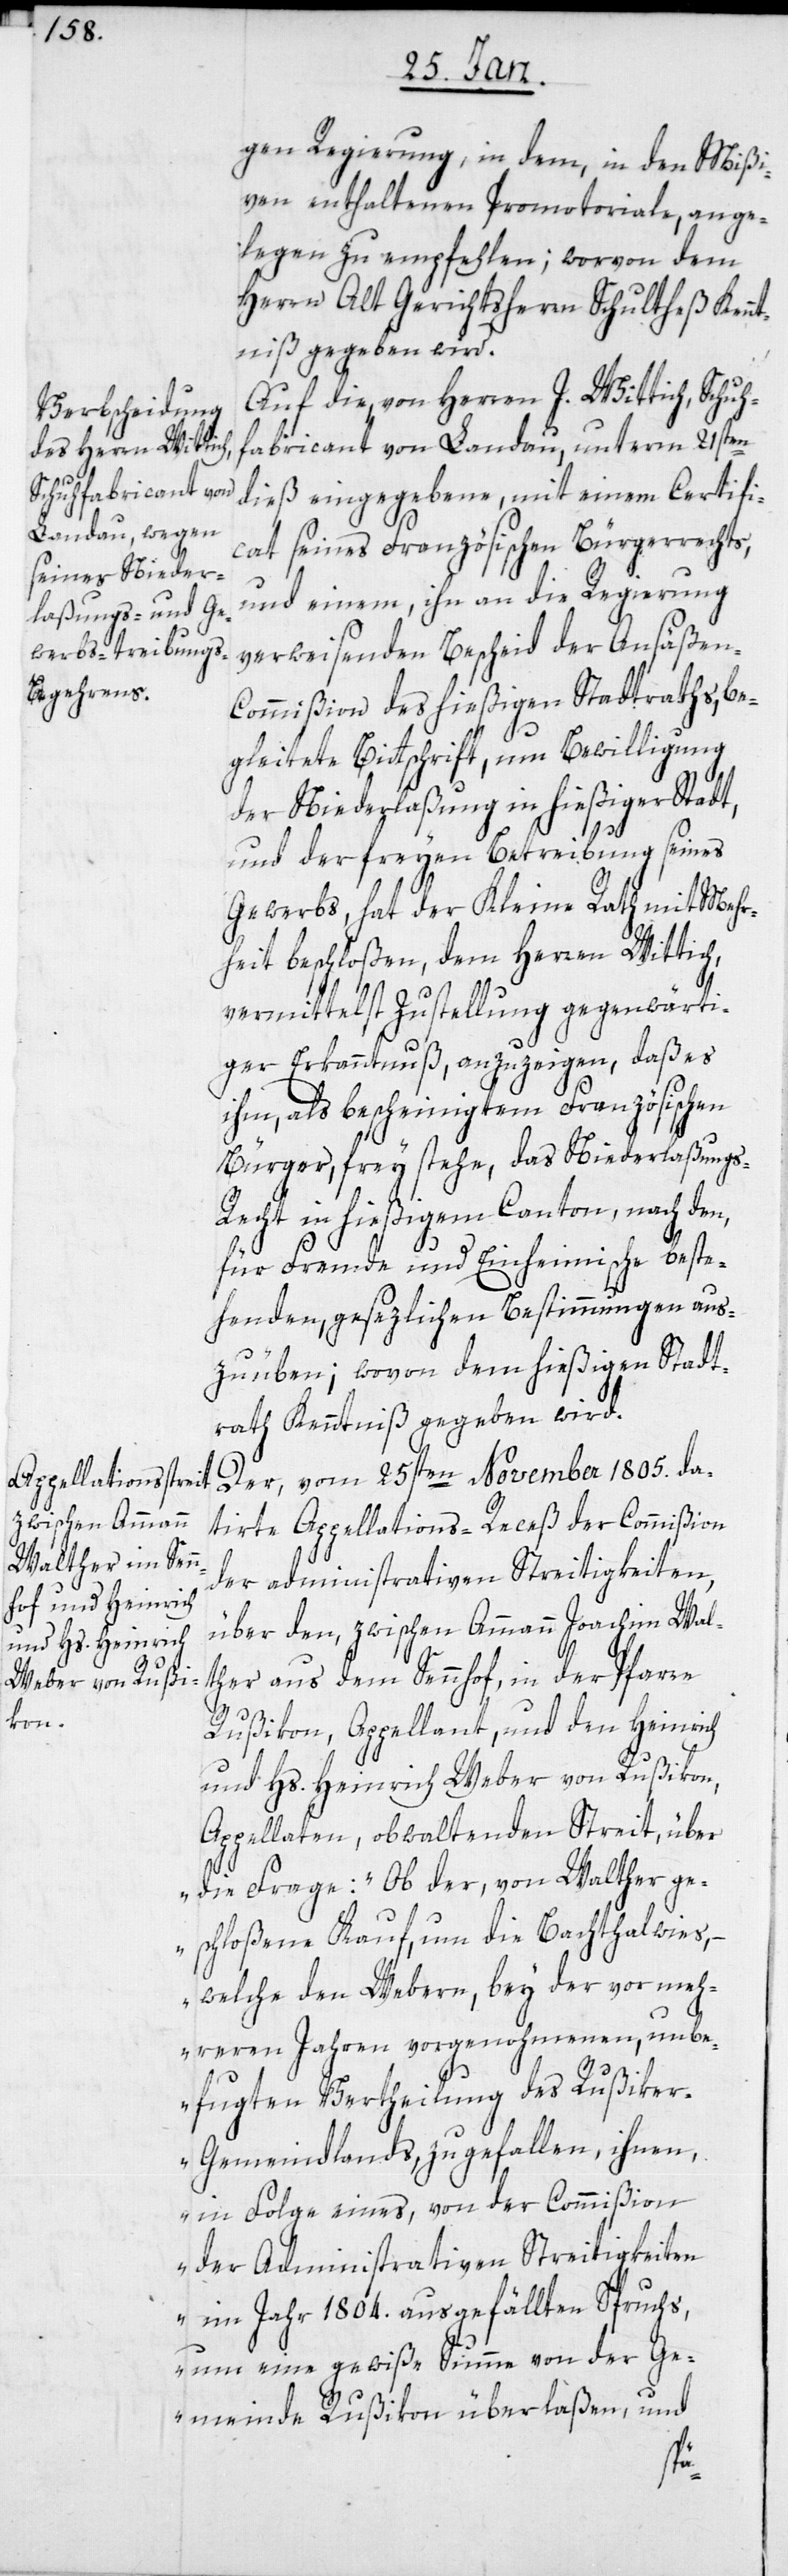
gen Regierung, in dem, in den Mißi¬
ven enthaltenen Promotoriale, ange¬
legen zu empfehlen; worvon dem
Herrn Alt Gerichtsherrn Schultheß Kennt¬
niß gegeben wird.
Auf die, von Herrn J. Wittich, Schuh¬
fabricant von Landau, unterm 21sten
dieß eingegebene, mit einem Certifi¬
cat seines Französischen Bürgerrechts,
und einem, ihn an die Regierung
verweisenden Bescheid der Ansäßen-C¬
ommißion des hießigen Stadtraths, be¬
gleitete Bittschrift, um Bewilligung
der Niederlaßung in hießiger Stadt,
und der freyen Betreibung seines
Gewerbs, hat der Kleine Rath mit Mehr¬
heit beschloßen, dem Herren Wittich,
vermittelst Zustellung gegenwärti¬
ger Erkanntnuß, anzuzeigen, daß es
ihm, als bescheinigtem Französischem
Bürger, frey stehe, das Niederlaßungs-R¬
echt in hießigem Canton, nach den,
für Fremde und Einheimische beste¬
henden gesetzlichen Bestimmungen aus¬
zuüben; wovon dem hießigen Stadt¬
rath Kenntniß gegeben wird.
Der, vom 25sten November 1805. da¬
tirte Appellations-Receß der Commißion
der administrativen Streitigkeiten,
über den zwischen Ammann Joachim Wal¬
ther aus dem Sennhof, in der Pfarre
Rußikon, Appellant, und den Heinrich
und Hs. Heinrich Weber von Rußikon,
Appellaten, obwaltenden Streit, über
die Frage: „Ob der, von Walther ge¬
schloßene Kauf, um die Bachthalwies,
– welche den Webern, bey der vor meh¬
reren Jahren vorgenohmenen, unbe¬
fugten Vertheilung des Rußike¬
r-Gemeindlands, zugefallen, ihnen,
in Folge eines, von der Commißion
der Administrativen Streitigkeiten
im Jahr 1804. ausgefällten Spruchs,
um eine gewiße Summe von der Ge¬
meinde Rußikon überlaßen, und